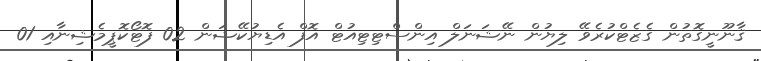
ޤާނޫނީގޮތުން ގެޒެޓްކުރެވޭ ލިޔުން ނޭޝަނަލް އިންސްޓިޓިއުޓް އޮފް އެޑިޔުކޭޝަން 02 ފޮޓޯކޮޕީމެޝިނާއި 01